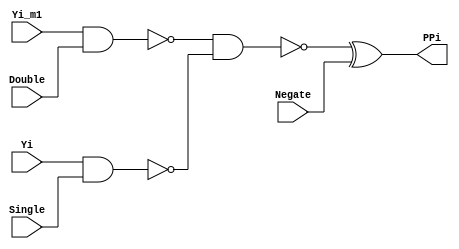
module PPgen(
	Single,
	Yi,
	Double,
	Negate,
	Yi_m1,
	PPi
);


input wire	Single;
input wire	Yi;
input wire	Double;
input wire	Negate;
input wire	Yi_m1;
output wire	PPi;

wire	SYNTHESIZED_WIRE_0;
wire	SYNTHESIZED_WIRE_1;
wire	SYNTHESIZED_WIRE_2;




assign	SYNTHESIZED_WIRE_1 = ~(Yi & Single);

assign	SYNTHESIZED_WIRE_0 = ~(Yi_m1 & Double);

assign	SYNTHESIZED_WIRE_2 = ~(SYNTHESIZED_WIRE_0 & SYNTHESIZED_WIRE_1);

assign	PPi = SYNTHESIZED_WIRE_2 ^ Negate;


endmodule